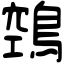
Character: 鵼